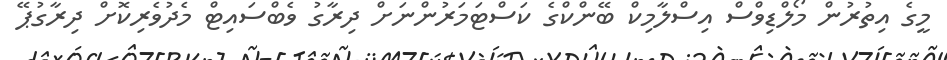
މީގެ އިތުރުން މޯލްޑިވްސް އިސްލާމިކް ބޭންކްގެ ކަސްޓަމަރުންނަށް ދިރާގު ވެބްސައިޓް މެދުވެރިކޮށް ދިރާގުޕޭ